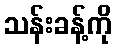
သန်းခန့်ကို